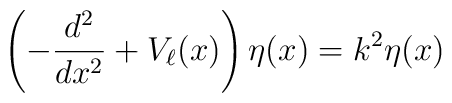
\left(-\frac{d^2}{dx^2} + V_\ell(x)\right)\eta(x) = k^2 \eta(x)